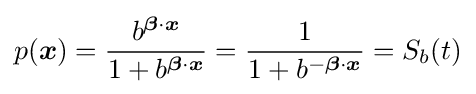
p({\boldsymbol {x}})={\frac {b^{{\boldsymbol {\beta }}\cdot {\boldsymbol {x}}}}{1+b^{{\boldsymbol {\beta }}\cdot {\boldsymbol {x}}}}}={\frac {1}{1+b^{-{\boldsymbol {\beta }}\cdot {\boldsymbol {x}}}}}=S_{b}(t)